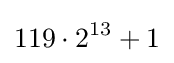
119\cdot 2^{13}+1